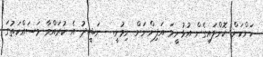
ކަންކަން ކޮށްލައިގެން އުޅުނީމަ އަފިންނަށް ނިމުނީ.  ނަޝީދު އެ ކުރައްވާ މަސައްކަތުގަ